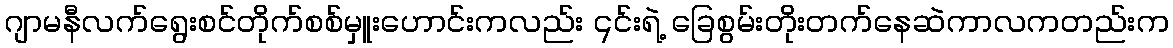
ဂျာမနီလက်ရွေးစင်တိုက်စစ်မှူးဟောင်းကလည်း ၎င်းရဲ့ ခြေစွမ်းတိုးတက်နေဆဲကာလကတည်းက